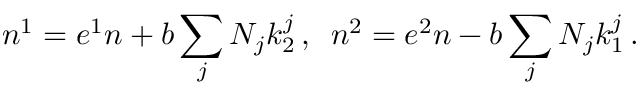
n ^ { 1 } = e ^ { 1 } n + b \sum _ { j } N _ { j } k _ { 2 } ^ { j } \, , \enspace n ^ { 2 } = e ^ { 2 } n - b \sum _ { j } N _ { j } k _ { 1 } ^ { j } \, .